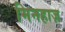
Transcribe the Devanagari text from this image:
मिनहाज़